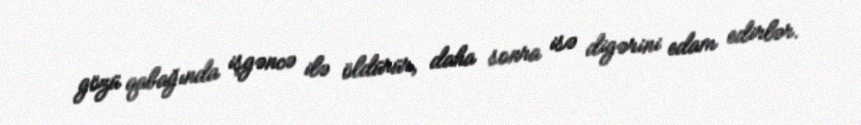
gözü qabağında işgəncə ilə öldürür, daha sonra isə digərini edam edirlər.